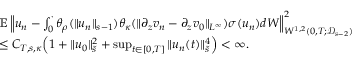
\begin{array} { r l } & { \mathbb E \left\| u _ { n } - \int _ { 0 } ^ { \cdot } \theta _ { \rho } ( \| u _ { n } \| _ { s - 1 } ) \theta _ { \kappa } ( \| \partial _ { z } v _ { n } - \partial _ { z } v _ { 0 } \| _ { L ^ { \infty } } ) \sigma ( u _ { n } ) d W \right\| _ { W ^ { 1 , 2 } ( 0 , T ; \mathcal D _ { s - 2 } ) } ^ { 2 } } \\ & { \leq C _ { T , s , \kappa } \Big ( 1 + \| u _ { 0 } \| _ { \tilde { s } } ^ { 2 } + \operatorname* { s u p } _ { t \in [ 0 , T ] } \| u _ { n } ( t ) \| _ { \tilde { s } } ^ { 4 } \Big ) < \infty . } \end{array}